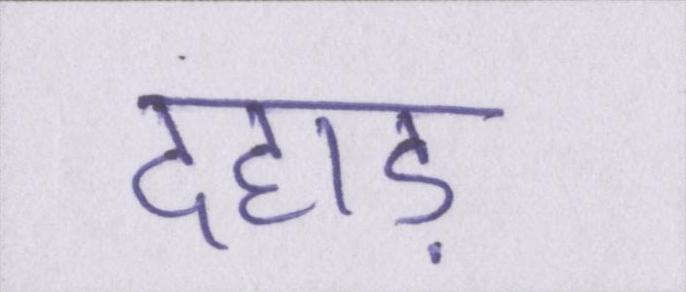
दहाड़